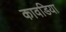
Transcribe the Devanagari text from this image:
कावडिया